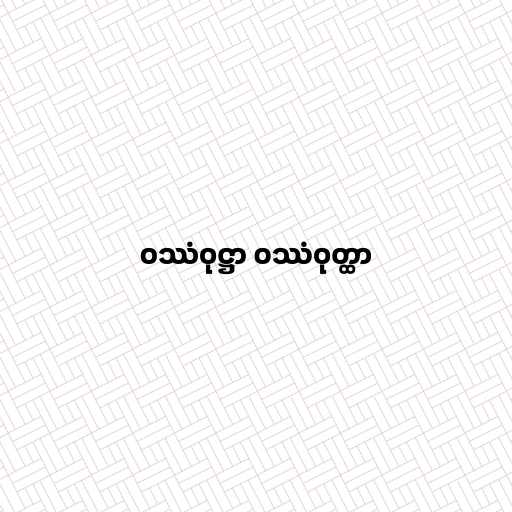
ဝဿံဝုဋ္ဌာ ဝဿံဝုတ္ထာ